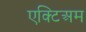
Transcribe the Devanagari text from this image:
एक्टिअम